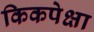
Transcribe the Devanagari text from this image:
किकपेक्षा